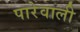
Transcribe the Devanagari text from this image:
पारेवाली